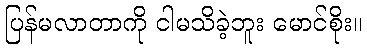
ပြန်မလာတာကို ငါမသိခဲ့ဘူး မောင်စိုး။